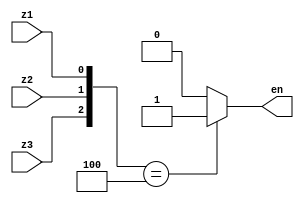
module filterd(z3, z2, z1, en);
	input z3, z2, z1;
	output reg en;
	
	always@(*)
	begin
		case({z3, z2, z1})
		3'b100: en = 1;
		default: en = 0;
		endcase
	end
	
endmodule